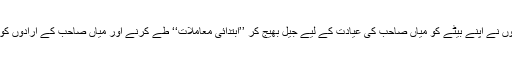
اس مجبوری میں پہلے انہوں نے اپنے بیٹے کو میاں صاحب کی عیادت کے لیے جیل بھیج کر ’’ابتدائی معاملات‘‘ طے کرنے اور میاں صاحب کے ارادوں کو جانچنے کا ٹاسک دیا تھا۔